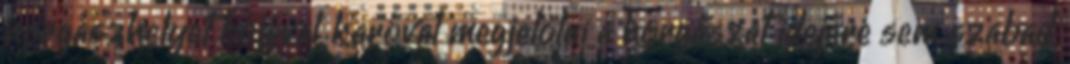
horgászhelyet bójával, karóval megjelölni a horgászat idejére sem szabad,